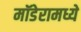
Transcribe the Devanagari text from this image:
मॉडेरामध्ये